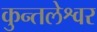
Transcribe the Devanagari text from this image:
कुन्तलेश्वर